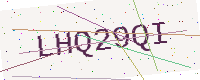
Text: LHQ29QI